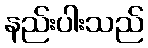
နည်းပါးသည်